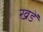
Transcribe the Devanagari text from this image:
खडें